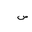
Letter: _sin